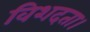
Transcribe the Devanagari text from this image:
विशदता।